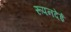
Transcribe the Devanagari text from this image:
रूपनदेई